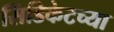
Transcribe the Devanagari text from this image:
सिंडिकेटच्या